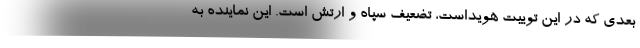
بعدی که در این توییت هویداست، تضعیف سپاه و ارتش است. این نماینده به